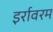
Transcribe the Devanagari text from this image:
इर्रावरम